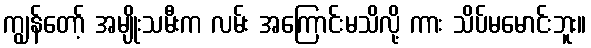
ကျွန်တော့် အမျိုးသမီးက လမ်း အကြောင်းမသိလို့ ကား သိပ်မမောင်းဘူး။